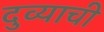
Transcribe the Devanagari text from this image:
दुव्याची